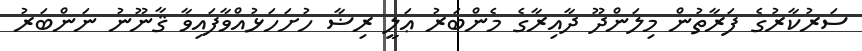
ސަރުކާރުގެ ފަރާތުން މިލަންދޫ ދާއިރާގެ މެންބަރު ޢަލީ ރިޟާ ހުށަހަޅުއްވާފައިވާ ޤާނޫނު ނަންބަރު